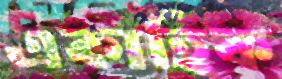
একাহিক